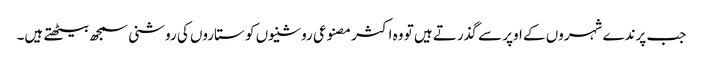
جب پرندے شہروں کے اوپر سے گذرتے ہیں تو وہ اکثر مصنوعی روشنیوں کو ستاروں کی روشنی سمجھ بیٹھتے ہیں۔